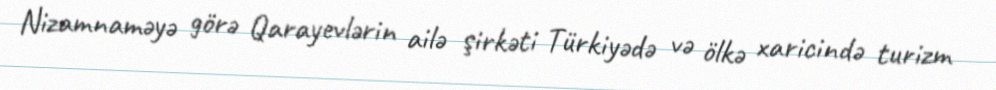
Nizamnaməyə görə Qarayevlərin ailə şirkəti Türkiyədə və ölkə xaricində turizm